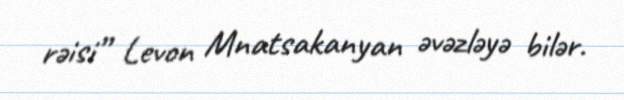
rəisi” Levon Mnatsakanyan əvəzləyə bilər.